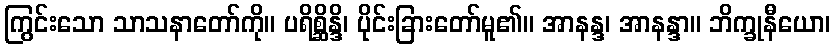
ကြွင်းသော သာသနာတော်ကို။ ပရိစ္ဆိန္ဒိ၊ ပိုင်းခြားတော်မူ၏။ အာနန္ဒ၊ အာနန္ဒာ။ ဘိက္ခုနီယော၊